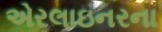
એરલાઇનરના